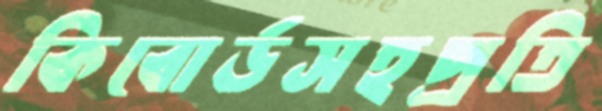
কিবোর্ডসহপ্রতি